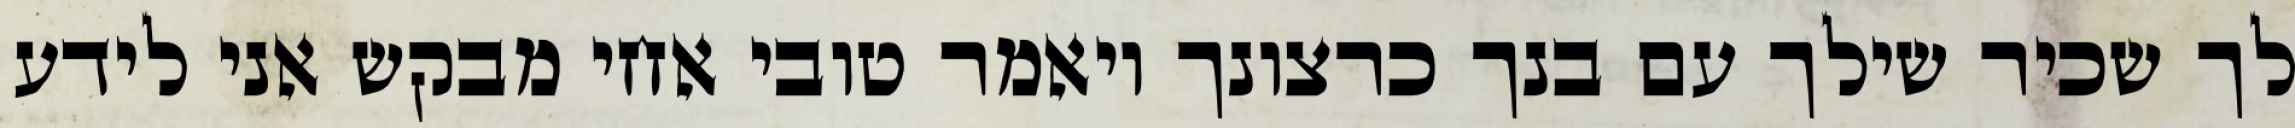
לך שכיר שילך עם בנך כרצונך ויאמר טובי אחי מבקש אני לידע